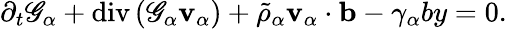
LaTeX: \begin{array}{r}{\partial_{t}\mathscr{G}_{\alpha}+\mathrm{div}\left(\mathscr{G}_{\alpha}\mathbf{v}_{\alpha}\right)+\tilde{\rho}_{\alpha}\mathbf{v}_{\alpha}\cdot\mathbf{b}-\gamma_{\alpha}by=0.}\end{array}